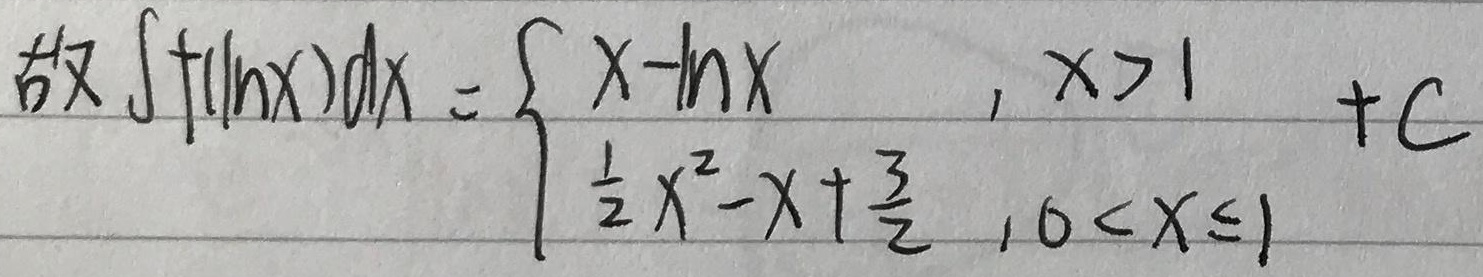
故\(\int f(\ln x)dx =
\begin{cases}
x - \ln x &, x > 1 \\
\frac{1}{2}x^{2}-x+\frac{3}{2} &, 0 < x \leq 1
\end{cases}+C\)